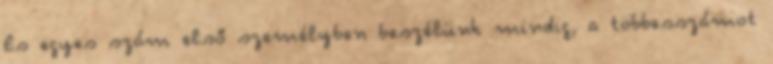
És egyes szám első személyben beszélünk mindig, a többesszámot